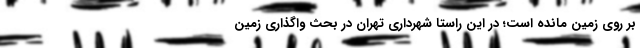
بر روی زمین مانده است؛ در این راستا شهرداری تهران در بحث واگذاری زمین